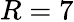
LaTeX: R=7